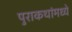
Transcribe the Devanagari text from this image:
पुराकथांमध्ये